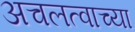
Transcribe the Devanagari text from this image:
अचलत्वाच्या